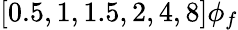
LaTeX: [0.5,1,1.5,2,4,8]\phi_{f}